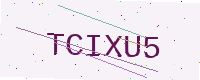
Text: TCIXU5